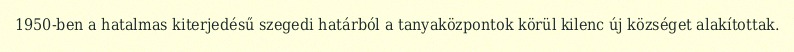
1950-ben a hatalmas kiterjedésű szegedi határból a tanyaközpontok körül kilenc új községet alakítottak.